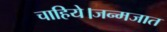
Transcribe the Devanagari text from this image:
चाहिये।जन्मजात